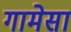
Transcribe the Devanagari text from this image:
गामेसा